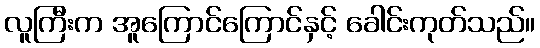
လူကြီးက အူကြောင်ကြောင်နှင့် ခေါင်းကုတ်သည်။